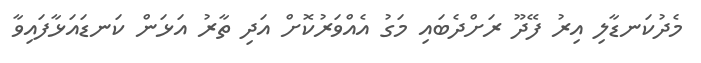
މެދުކަނޑާލި އިރު ފޭދޫ ރަށްދެބައި މަގު އެއްވަރުކޮށް އަދި ތާރު އަޅަން ކަނޑައަޅާފައިވާ